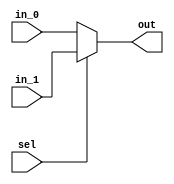
`timescale 1ns / 1ns

module mux( 
	 sel, 
	 in_0, 
	 in_1,
    out 
    );
	 
parameter size = 32;

input sel;
input [size-1:0] in_0;
input [size-1:0] in_1;

output [size-1:0] out;

assign out = (sel) ? in_1 : in_0;

endmodule